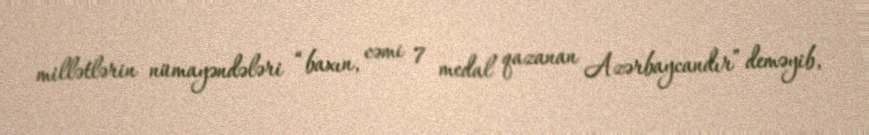
millətlərin nümayəndələri “baxın, cəmi 7 medal qazanan Azərbaycandır” deməyib,